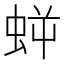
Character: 𧊜